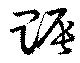
賑